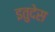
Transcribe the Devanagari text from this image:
इतुदेस